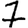
Digit: 7